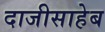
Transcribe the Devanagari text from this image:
दाजीसाहेब